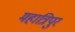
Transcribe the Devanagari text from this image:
महात्रिपुर